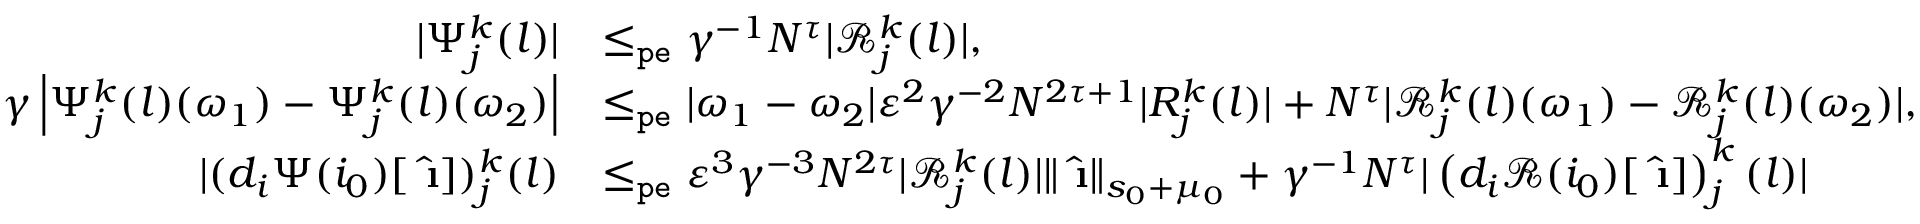
\begin{array} { r l } { | \Psi _ { j } ^ { k } ( l ) | } & { \le _ { \mathtt { p e } } \gamma ^ { - 1 } N ^ { \tau } | \mathcal { R } _ { j } ^ { k } ( l ) | , } \\ { \gamma \left| \Psi _ { j } ^ { k } ( l ) ( \omega _ { 1 } ) - \Psi _ { j } ^ { k } ( l ) ( \omega _ { 2 } ) \right| } & { \le _ { \mathtt { p e } } | \omega _ { 1 } - \omega _ { 2 } | \varepsilon ^ { 2 } \gamma ^ { - 2 } N ^ { 2 \tau + 1 } | R _ { j } ^ { k } ( l ) | + N ^ { \tau } | \mathcal { R } _ { j } ^ { k } ( l ) ( \omega _ { 1 } ) - \mathcal { R } _ { j } ^ { k } ( l ) ( \omega _ { 2 } ) | , } \\ { | ( d _ { i } \Psi ( i _ { 0 } ) [ \hat { \textbf { \i } } ] ) _ { j } ^ { k } ( l ) } & { \le _ { \mathtt { p e } } \varepsilon ^ { 3 } \gamma ^ { - 3 } N ^ { 2 \tau } | \mathcal { R } _ { j } ^ { k } ( l ) | \rVert \hat { \textbf { \i } } \rVert _ { s _ { 0 } + \mu _ { 0 } } + \gamma ^ { - 1 } N ^ { \tau } | \left( d _ { i } \mathcal { R } ( i _ { 0 } ) [ \hat { \textbf { \i } } ] \right) _ { j } ^ { k } ( l ) | } \end{array}